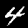
Label: 4